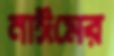
নাঈমের